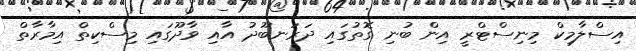
އިސްލާމިކް މިނިސްޓްރީ އިން ބުނި ގޮތުގައި ދަރަނބޫދު އާއި ވާދޫގައި މިސްކިތް އިމާރާތް